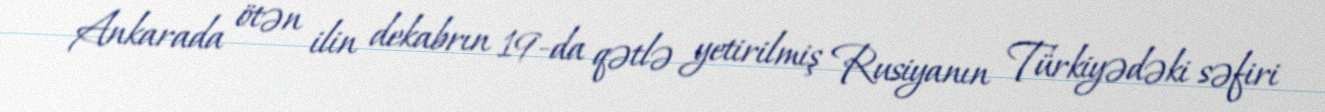
Ankarada ötən ilin dekabrın 19-da qətlə yetirilmiş Rusiyanın Türkiyədəki səfiri